Malarial fevers
Disease focus: Malaria
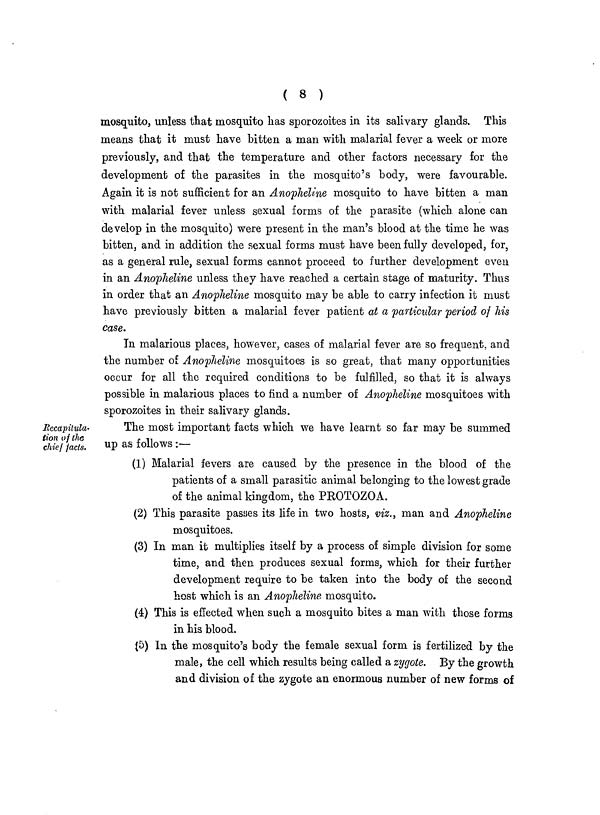
( 8 )
mosquito, unless that mosquito has sporozoites in its salivary glands. This
means that it must have bitten a man with malarial fever a week or more
previously, and that the temperature and other factors necessary for the
development of the parasites in the mosquito's body, were favourable.
Again it is not sufficient for an Anopheline mosquito to have bitten a man
with malarial fever unless sexual forms of the parasite (which alone can
develop in the mosquito) were present in the man's blood at the time he was
bitten, and in addition the sexual forms must have been fully developed, for,
as a general rule, sexual forms cannot proceed to further development even
in an Anopheline unless they have reached a certain stage of maturity. Thus
in order that an Anopheline mosquito may be able to carry infection it must
have previously bitten a malarial fever patient at a particular period of his
case.
In malarious places, however, cases of malarial fever are so frequent, and
the number of Anopheline mosquitoes is so great, that many opportunities
occur for all the required conditions to be fulfilled, so that it is always
possible in malarious places to find a number of Anopheline mosquitoes with
sporozoites in their salivary glands.
Recapitula
tion of the
chief facts.
The most important facts which we have learnt so far may be summed
up as follows :—
(1) Malarial fevers are caused by the presence in the blood of the
patients of a small parasitic animal belonging to the lowest grade
of the animal kingdom, the PROTOZOA.
(2) This parasite passes its life in two hosts, viz., man and Anopheline
mosquitoes.
(3) In man it multiplies itself by a process of simple division for some
time, and then produces sexual forms, which for their further
development require to be taken into the body of the second
host which is an Anopheline mosquito.
(4) This is effected when such a mosquito bites a man with those forms
in his blood.
(5) In the mosquito's body the female sexual form is fertilized by the
male, the cell which results being called a zygote. By the growth
and division of the zygote an enormous number of new forms of